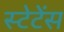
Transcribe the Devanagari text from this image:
स्टेटेंस